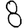
Digit: 8